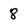
Character: 8